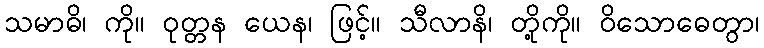
သမာဓိ၊ ကို။ ဝုတ္တန ယေန၊ ဖြင့်။ သီလာနိ၊ တို့ကို။ ဝိသောဓေတွာ၊